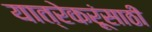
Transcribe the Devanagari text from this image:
यात्रेकरूंसाठी